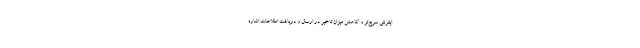
اینترنتی سریع‌تر و کاهش میزان تاخیر در ارسال و دریافت اطلاعات اشاره